Bréfritari: Hildur Þorláksdóttir
Viðtakandi: Sólveig Jónsdóttir
Dagsetning: A-1875-11-25
Skrifað á: Bessastöðum  Gull.
Hildur var föðursystir Sólveigar

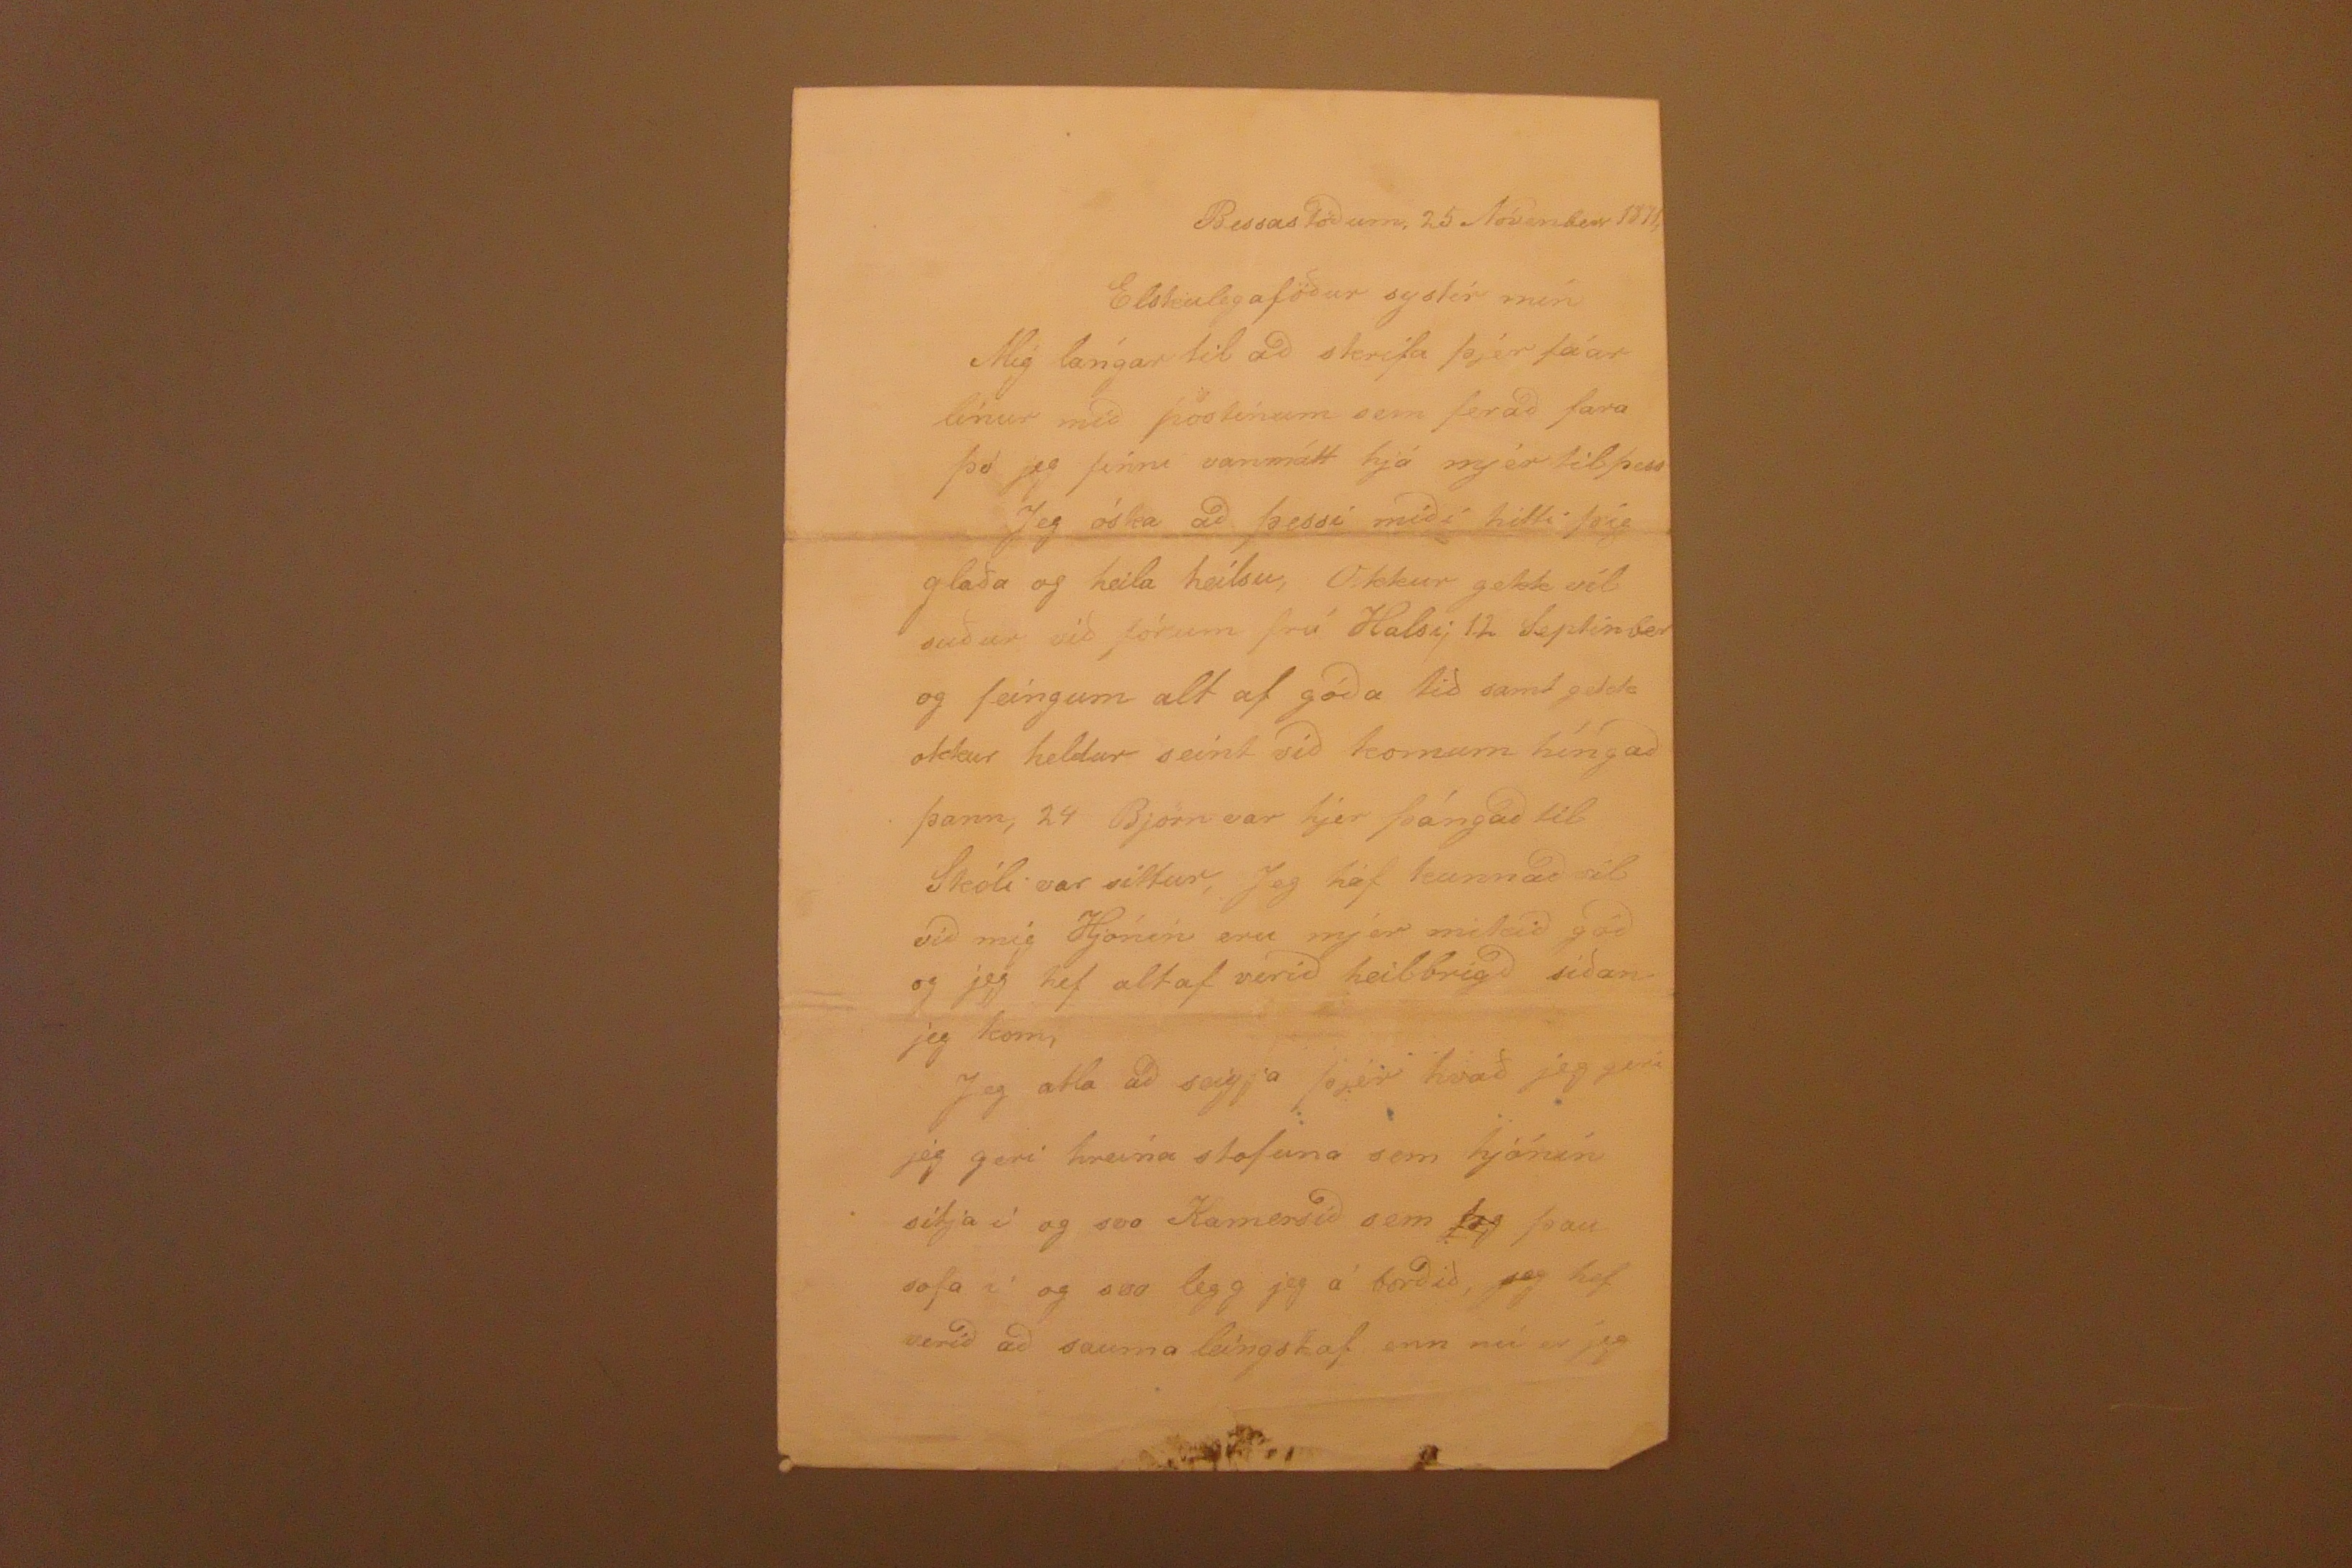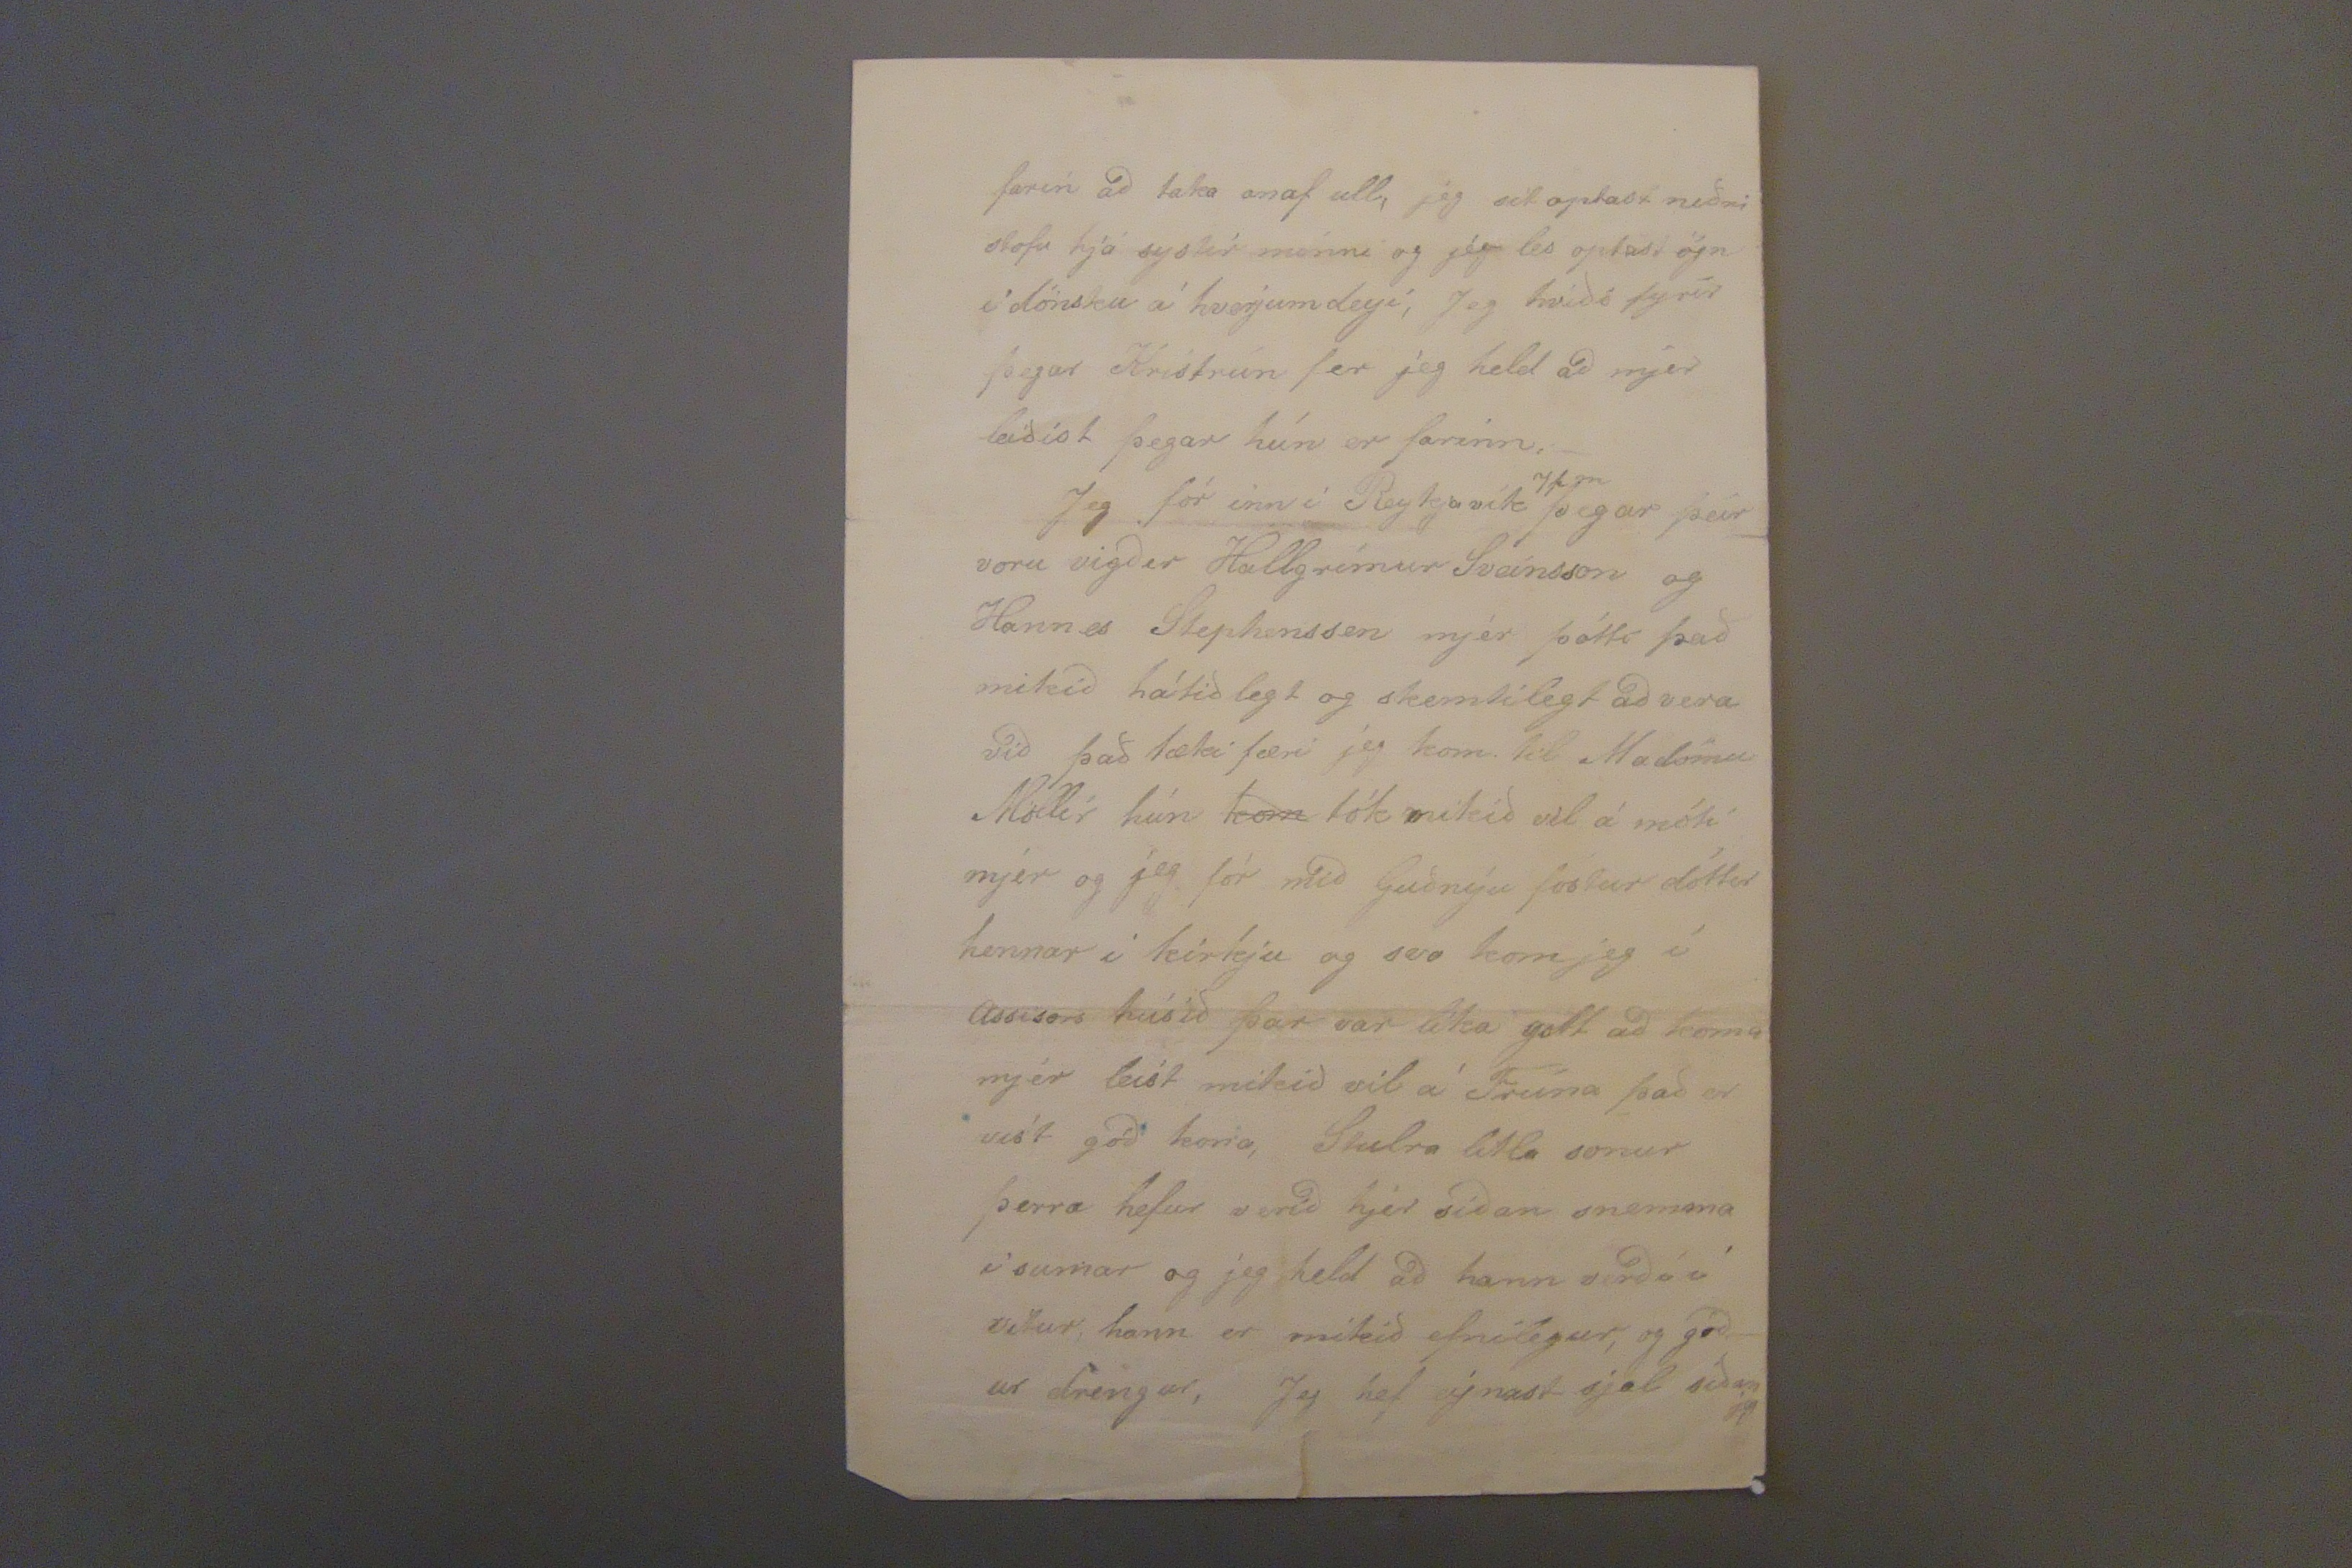

Bessastödum, 25 Nóvenber 1875,
Elskulega föður systir mín Mig lángar til ad skrifa þjer fáar línur med póstínum sem ferad fara þó jeg finni vanmátt hjá mjér til þess Jeg óska ad þessi midi hitti þig glaða og heila heilsu, Okkur gekk vél suður vid fórum frá Halsi; 12 Septinber og feíngum alt af góda tid samt gekk okkur heldur seint vid kornum híngad þann, 24 Björn var hjer þángad til Skóli var
settur,
Jeg hef kunnad vél vid mig Hjónin eru mjer mikid gód og jeg hef altaf verid heilbrigd sídan jeg kom, Jeg atla ad seigja þjér hvað jeg geri jeg geri hreína stofuna sem hjónin sitja í og svo Kamelsid sem
jeg
þau sofa í og svo legg jeg á bordid, jeg hef verid ad sauma leíngst af enn nú er jeg
farin ad taka onaf ull, jeg sit optast niðri stofu hjá systir minni og jég les optast ögn í dönsku á hverjum degi, Jeg trúdi fyrir þegar Kristrún fer jeg held ad mjer leidist þegar hún er farinn._ Jeg fór inn í Reykjavík
yf m
þegar þeir voru vigdir Hallgrímur Sveinsson og Hannes Stephansson mjér þótti þad mikid hátid legt og skemtilegt ad vera vid það tæki færi jeg kom. til madömu Möller hún
kom
tók mikid vel á móti mjer jeg fór med Guðnýu fóstur dóttir hennar i kirkju og svo kom jeg í
assisors
húsid þar var líka gott ad koma mjér leíst mikid vel á Frúna þad er víst gód kona,
S0ulra
litla sonur þerra hefur verid hjer sídan snemma í sumar og jeg held ad hann verdi í vetur, hann er mikid efnilegur, og gód_ ur drengur, Jeg hef eignast sjal sédan jeg